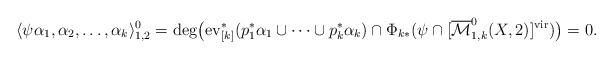
LaTeX: \begin{align*}\langle \psi \alpha_1,\alpha_2,\dots,\alpha_k\rangle_{1,2}^0=\mathrm{deg}\big(\mathrm{ev}_{[k]}^*(p_1^*\alpha_1\cup\cdots\cup p_k^* \alpha_k)\cap \Phi_{k*}(\psi\cap [\overline{\mathcal{M}}^0_{1,k}(X,2)]^{\mathrm{vir}})\big)=0.\end{align*}